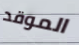
الموقد